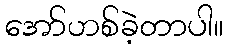
အော်ဟစ်ခဲ့တာပါ။